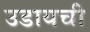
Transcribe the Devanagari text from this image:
उडायची